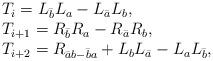
LaTeX: \begin{align*}\begin{array}{l}T_i=L_{\bar b}L_{a}-L_{\bar a}L_{b},\\T_{i+1}=R_{\bar b}R_{a}-R_{\bar a}R_{b},\\T_{i+2}=R_{\bar ab-\bar ba}+L_{b}L_{\bar a}-L_{ a}L_{\bar b},\end{array}\end{align*}